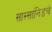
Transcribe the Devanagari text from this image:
सास्सानिडचे